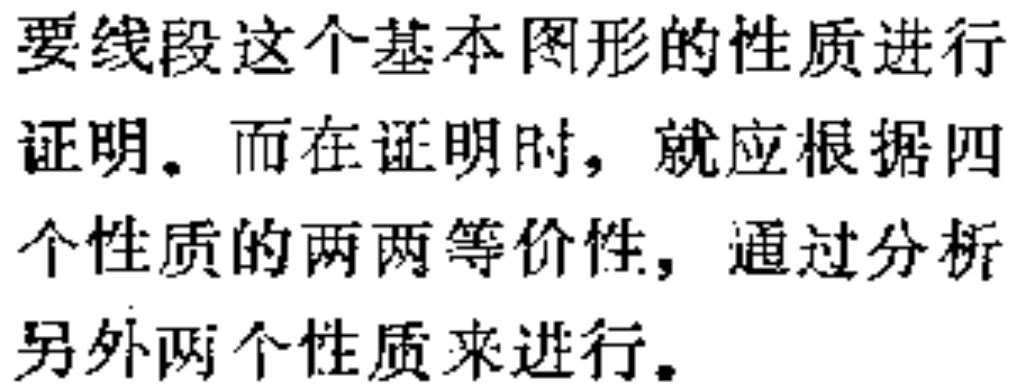
要线段这个基本图形的性质进行证明。而在证明时，就应根据四个性质的两两等价性，通过分析另外两个性质来进行。